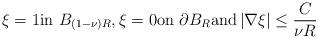
LaTeX: \begin{align*}\xi=1 \mbox{in $B_{\left(1-\nu\right)R}$}, \xi=0 \mbox{on $\partial B_{R}$} \mbox{and} \left|\nabla\xi\right|\leq \frac{C}{\nu R} \end{align*}